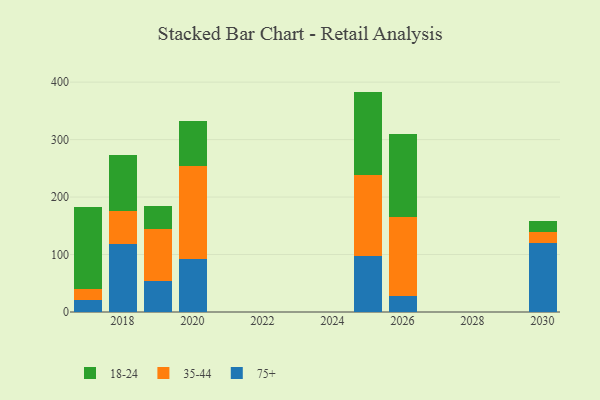
{"axis": {"x": "Year", "y": "Active Users"}, "legend": ["18-24", "35-44", "75+"], "data": [{"x": "2019", "y": 54.1, "type": "75+"}, {"x": "2019", "y": 89.7, "type": "35-44"}, {"x": "2019", "y": 41.4, "type": "18-24"}, {"x": "2026", "y": 28.4, "type": "75+"}, {"x": "2026", "y": 136.4, "type": "35-44"}, {"x": "2026", "y": 145.1, "type": "18-24"}, {"x": "2018", "y": 118.3, "type": "75+"}, {"x": "2018", "y": 57.4, "type": "35-44"}, {"x": "2018", "y": 98.2, "type": "18-24"}, {"x": "2017", "y": 21.5, "type": "75+"}, {"x": "2017", "y": 18.5, "type": "35-44"}, {"x": "2017", "y": 143.4, "type": "18-24"}, {"x": "2020", "y": 91.6, "type": "75+"}, {"x": "2020", "y": 163.0, "type": "35-44"}, {"x": "2020", "y": 77.6, "type": "18-24"}, {"x": "2025", "y": 96.7, "type": "75+"}, {"x": "2025", "y": 142.2, "type": "35-44"}, {"x": "2025", "y": 144.6, "type": "18-24"}, {"x": "2030", "y": 120.1, "type": "75+"}, {"x": "2030", "y": 19.7, "type": "35-44"}, {"x": "2030", "y": 19.1, "type": "18-24"}]}